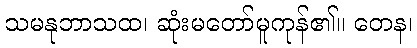
သမနုဘာသထ၊ ဆုံးမတော်မူကုန်၏။ တေန၊